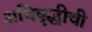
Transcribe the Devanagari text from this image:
अभिवृद्धीची